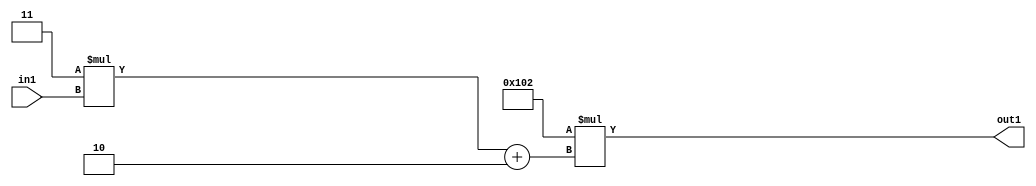
`timescale 1ps / 1ps
/*****************************************************************************
    Verilog RTL Description
    
    
    Created by: Stratus DpOpt 2019.1.01 
*******************************************************************************/

module DC_Filter_Mul2i258Add2i2Mul2i3u2_1 (
	in1,
	out1
	); /* architecture "behavioural" */ 
input [1:0] in1;
output [11:0] out1;
wire [11:0] asc001;
wire [3:0] asc002;

wire [3:0] asc002_tmp_0;
assign asc002_tmp_0 = 
	+(4'B0011 * in1);
assign asc002 = asc002_tmp_0
	+(4'B0010);

assign asc001 = 
	+(12'B000100000010 * asc002);

assign out1 = asc001;
endmodule

/* CADENCE  uLTxTAs= : u9/ySgnWtBlWxVPRXgAZ4Og= ** DO NOT EDIT THIS LINE ******/